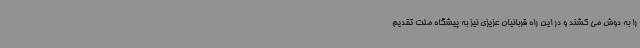
را به دوش می کشند و در این راه قربانیان عزیزی نیز به پیشگاه ملت تقدیم